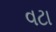
વટા